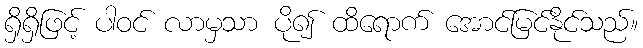
ရှိရှိဖြင့် ပါဝင် လာမှသာ ပို၍ ထိရောက် အောင်မြင်နိုင်သည်။